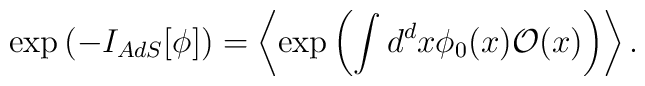
\exp \left(-I_{AdS}[\phi]\right) = \left\langle \exp \left(\int  d^d x \phi_0(x) \mathcal{O}(x)\right)\right\rangle.